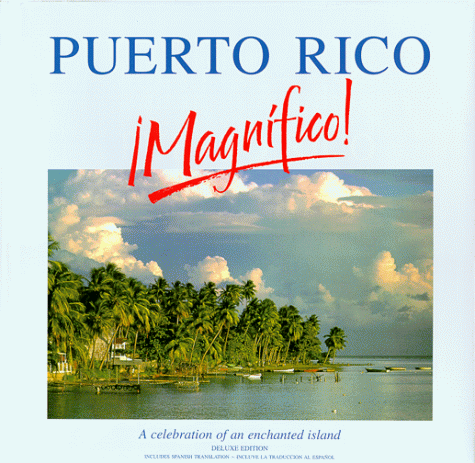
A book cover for Puerto Rico Magnifico!; Roger A. LaBrucherie; Travel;